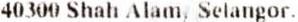
40300 SHAH ALAM, SELANGOR.